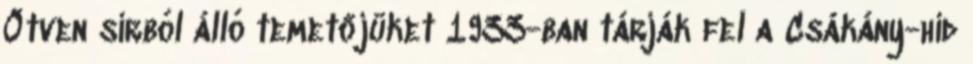
Ötven sírból álló temetőjüket 1933-ban tárják fel a Csákány-híd